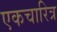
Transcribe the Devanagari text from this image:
एकचारित्र